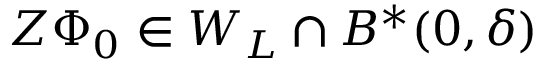
Z \Phi _ { 0 } \in W _ { L } \cap B ^ { * } ( 0 , \delta )